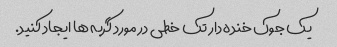
یک جوک خنده دار تک خطی در مورد گربه ها ایجاد کنید.